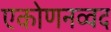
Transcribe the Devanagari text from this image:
एकोणनव्वद